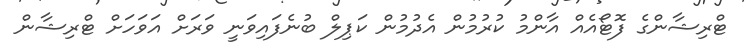
ޓްރިޝާންގެ ފޮޓޯއެއް އާންމު ކުރުމުން އެދުމުން ކަޕިލް ބުނެފައިވަނީ ވަރަށް އަވަހަށް ޓްރިޝާން